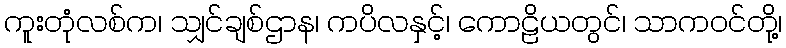
ကူးတုံလစ်က၊ သျှင်ချစ်ဌာန၊ ကပိလနှင့်၊ ကောဠိယတွင်၊ သာကဝင်တို့၊